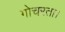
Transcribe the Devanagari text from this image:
गोचरता।